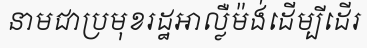
នាមជាប្រមុខរដ្ឋអាល្លឺម៉ង់ដើម្បីដើរ